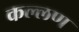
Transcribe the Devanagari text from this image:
कल्लण